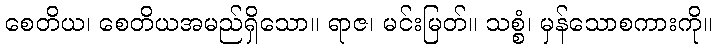
စေတိယ၊ စေတိယအမည်ရှိသော။ ရာဇ၊ မင်းမြတ်။ သစ္စံ၊ မှန်သောစကားကို။